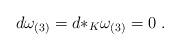
LaTeX: \begin{align*}d \omega_{(3)} = d {*_{K}} \omega_{(3)} = 0\ .\end{align*}